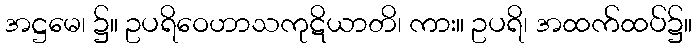
အဋ္ဌမေ၊ ၌။ ဥပရိဝေဟာသကုဋိယာတိ၊ ကား။ ဥပရိ၊ အထက်ထပ်၌။